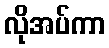
လိုအပ်ကာ